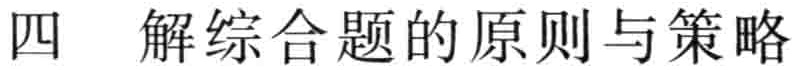
四 解综合题的原则与策略